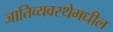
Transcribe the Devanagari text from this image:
जातिव्यवस्थेमधील